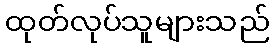
ထုတ်လုပ်သူများသည်